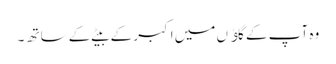
وہ آپ کے گاﺅں میں اکبر کے بیٹے کے ساتھ ۔